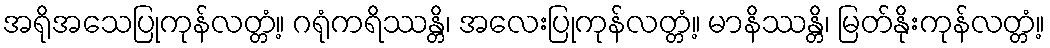
အရိုအသေပြုကုန်လတ္တံ့။ ဂရုံကရိဿန္တိ၊ အလေးပြုကုန်လတ္တံ့။ မာနိဿန္တိ၊ မြတ်နိုးကုန်လတ္တံ့။